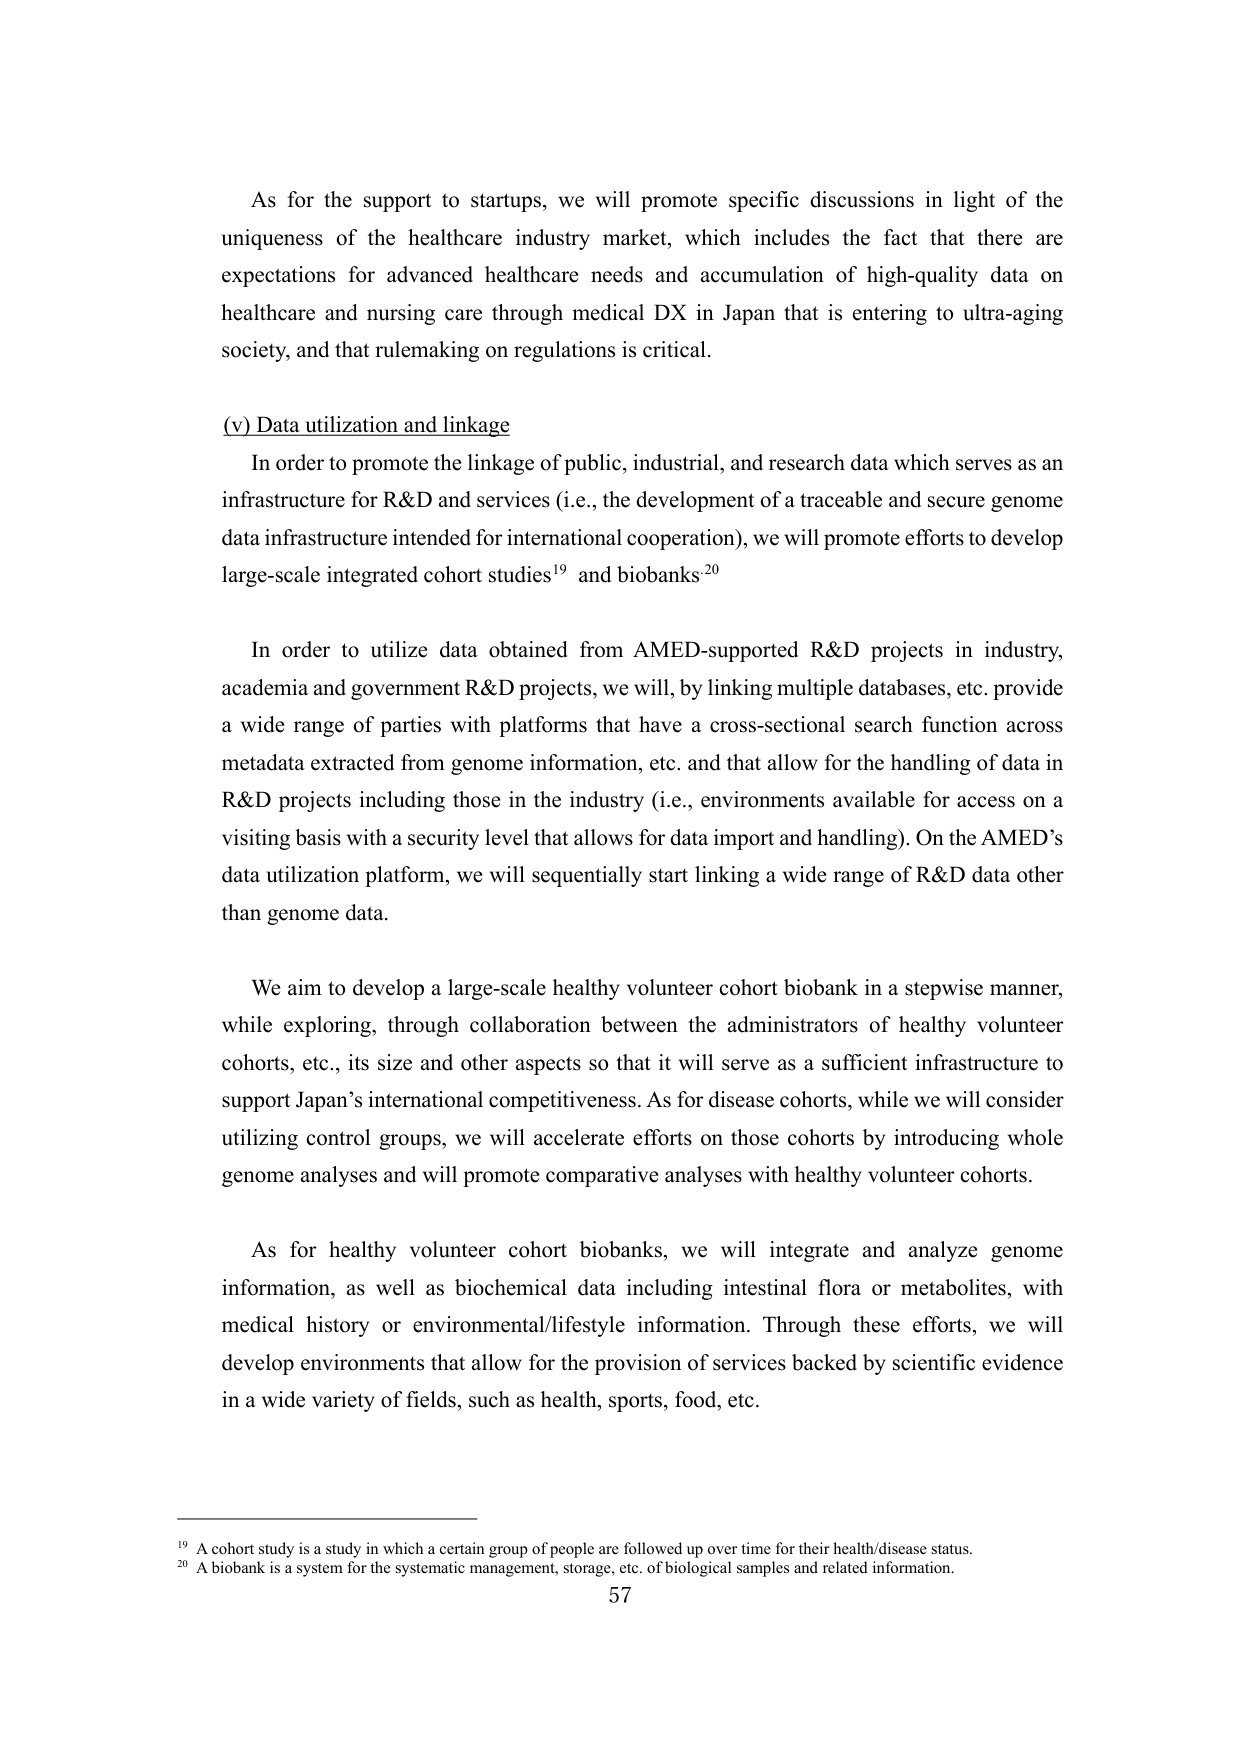
As for the support to startups, we will promote specific discussions in light of the uniqueness of the healthcare industry market, which includes the fact that there are expectations for advanced healthcare needs and accumulation of high-quality data on healthcare and nursing care through medical DX in Japan that is entering to ultra-aging society, and that rulemaking on regulations is critical.

(v) Data utilization and linkage

In order to promote the linkage of public, industrial, and research data which serves as an infrastructure for R&D and services (i.e., the development of a traceable and secure genome data infrastructure intended for international cooperation), we will promote efforts to develop large-scale integrated cohort studies¹⁹ and biobanks²⁰

In order to utilize data obtained from AMED-supported R&D projects in industry, academia and government R&D projects, we will, by linking multiple databases, etc. provide a wide range of parties with platforms that have a cross-sectional search function across metadata extracted from genome information, etc. and that allow for the handling of data in R&D projects including those in the industry (i.e., environments available for access on a visiting basis with a security level that allows for data import and handling). On the AMED’s data utilization platform, we will sequentially start linking a wide range of R&D data other than genome data.

We aim to develop a large-scale healthy volunteer cohort biobank in a stepwise manner, while exploring, through collaboration between the administrators of healthy volunteer cohorts, etc., its size and other aspects so that it will serve as a sufficient infrastructure to support Japan’s international competitiveness. As for disease cohorts, while we will consider utilizing control groups, we will accelerate efforts on those cohorts by introducing whole genome analyses and will promote comparative analyses with healthy volunteer cohorts.

As for healthy volunteer cohort biobanks, we will integrate and analyze genome information, as well as biochemical data including intestinal flora or metabolites, with medical history or environmental/lifestyle information. Through these efforts, we will develop environments that allow for the provision of services backed by scientific evidence in a wide variety of fields, such as health, sports, food, etc.

¹⁹ A cohort study is a study in which a certain group of people are followed up over time for their health/disease status.
²⁰ A biobank is a system for the systematic management, storage, etc. of biological samples and related information.

57